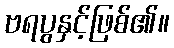
ဗရပွနှင့်ဖြစ်၏။